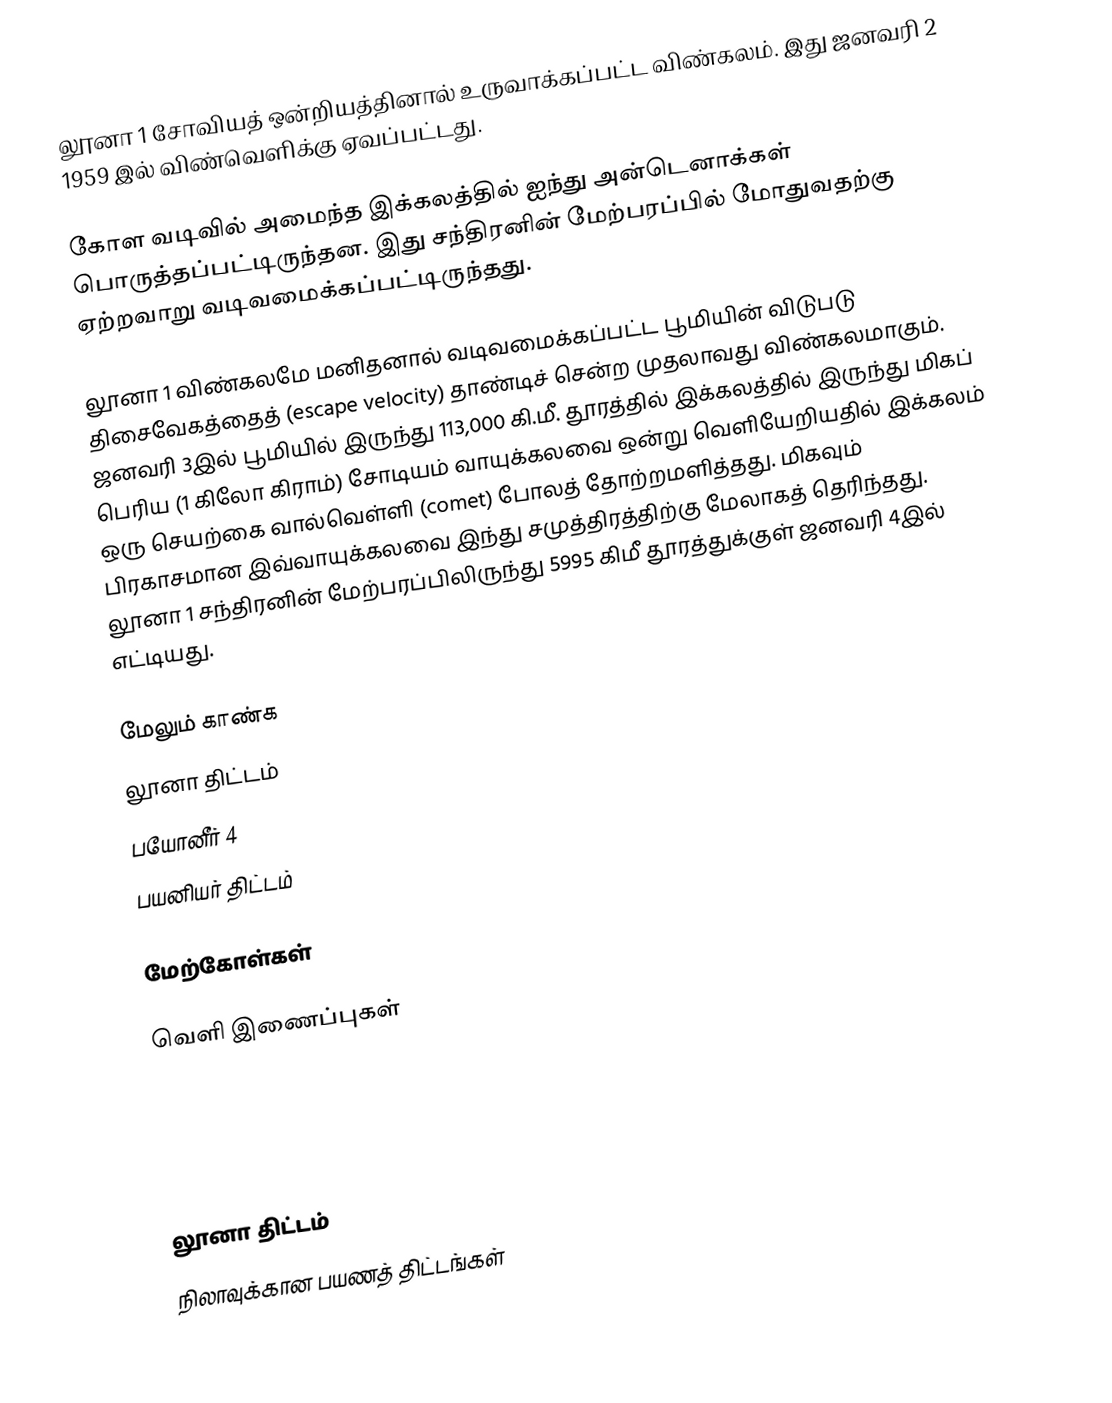
லூனா 1 சோவியத் ஒன்றியத்தினால் உருவாக்கப்பட்ட விண்கலம். இது ஜனவரி 2 1959 இல் விண்வெளிக்கு ஏவப்பட்டது.

கோள வடிவில் அமைந்த இக்கலத்தில் ஐந்து அன்டெனாக்கள் பொருத்தப்பட்டிருந்தன. இது சந்திரனின் மேற்பரப்பில் மோதுவதற்கு ஏற்றவாறு வடிவமைக்கப்பட்டிருந்தது.

லூனா 1 விண்கலமே மனிதனால் வடிவமைக்கப்பட்ட பூமியின் விடுபடு திசைவேகத்தைத் (escape velocity) தாண்டிச் சென்ற முதலாவது விண்கலமாகும். ஜனவரி 3இல் பூமியில் இருந்து 113,000 கி.மீ. தூரத்தில் இக்கலத்தில் இருந்து மிகப் பெரிய (1 கிலோ கிராம்) சோடியம் வாயுக்கலவை ஒன்று வெளியேறியதில் இக்கலம் ஒரு செயற்கை வால்வெள்ளி (comet) போலத் தோற்றமளித்தது. மிகவும் பிரகாசமான இவ்வாயுக்கலவை இந்து சமுத்திரத்திற்கு மேலாகத் தெரிந்தது. லூனா 1 சந்திரனின் மேற்பரப்பிலிருந்து 5995 கிமீ தூரத்துக்குள் ஜனவரி 4இல் எட்டியது.

மேலும் காண்க
 லூனா திட்டம்
 பயோனீர் 4
 பயனியர் திட்டம்

மேற்கோள்கள்

வெளி இணைப்புகள்

லூனா திட்டம்
நிலாவுக்கான பயணத் திட்டங்கள்